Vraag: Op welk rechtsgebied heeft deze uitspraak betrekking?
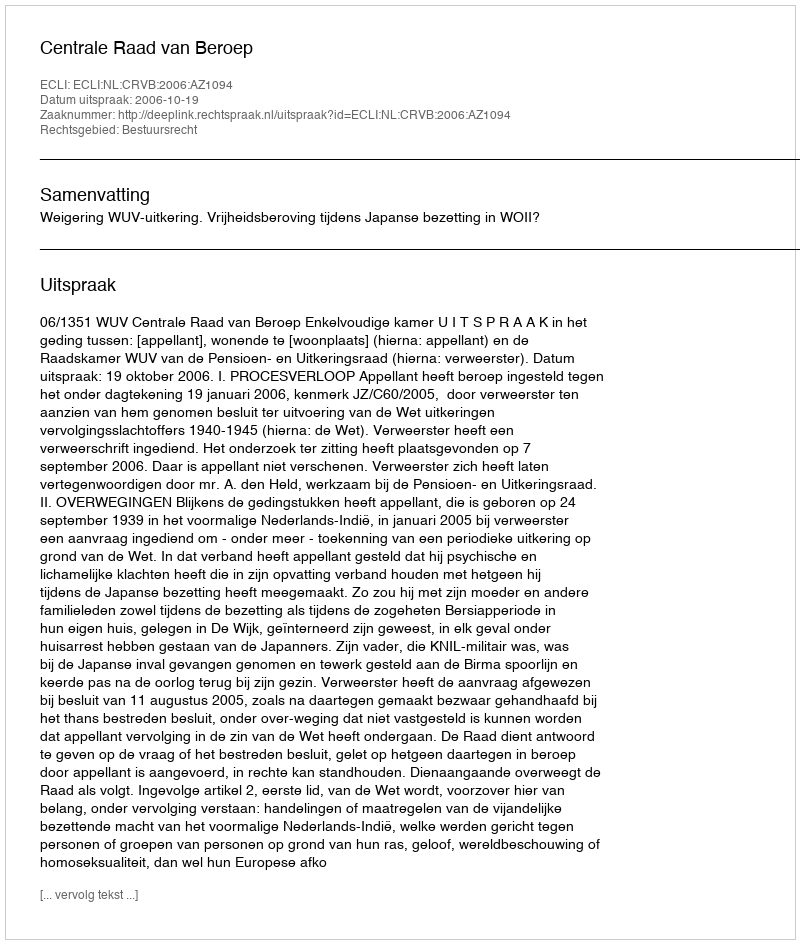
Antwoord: Bestuursrecht